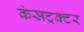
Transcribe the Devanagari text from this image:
कंसट्रक्टर